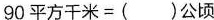
90平方千米=()公顷